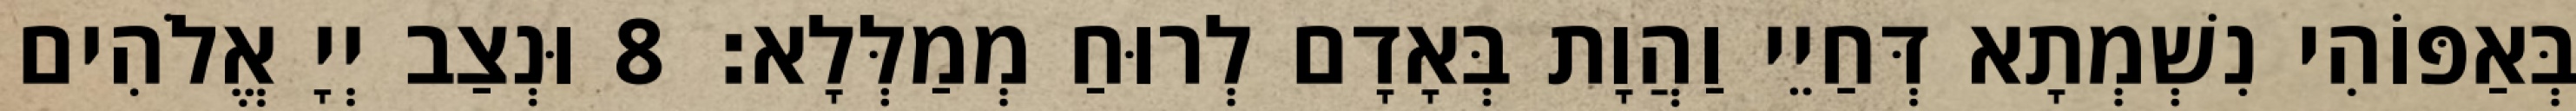
בְּאַפּוֹהִי נִשְׁמְתָא דְּחַיֵי וַהֲוָת בְּאָדָם לְרוּחַ מְמַלְּלָא׃ 8 וּנְצַב יְיָ אֱלֹהִים